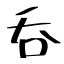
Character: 呑